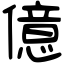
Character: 億